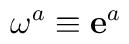
\mathbf{\omega }^{a}\equiv \mathbf{e}^{a}